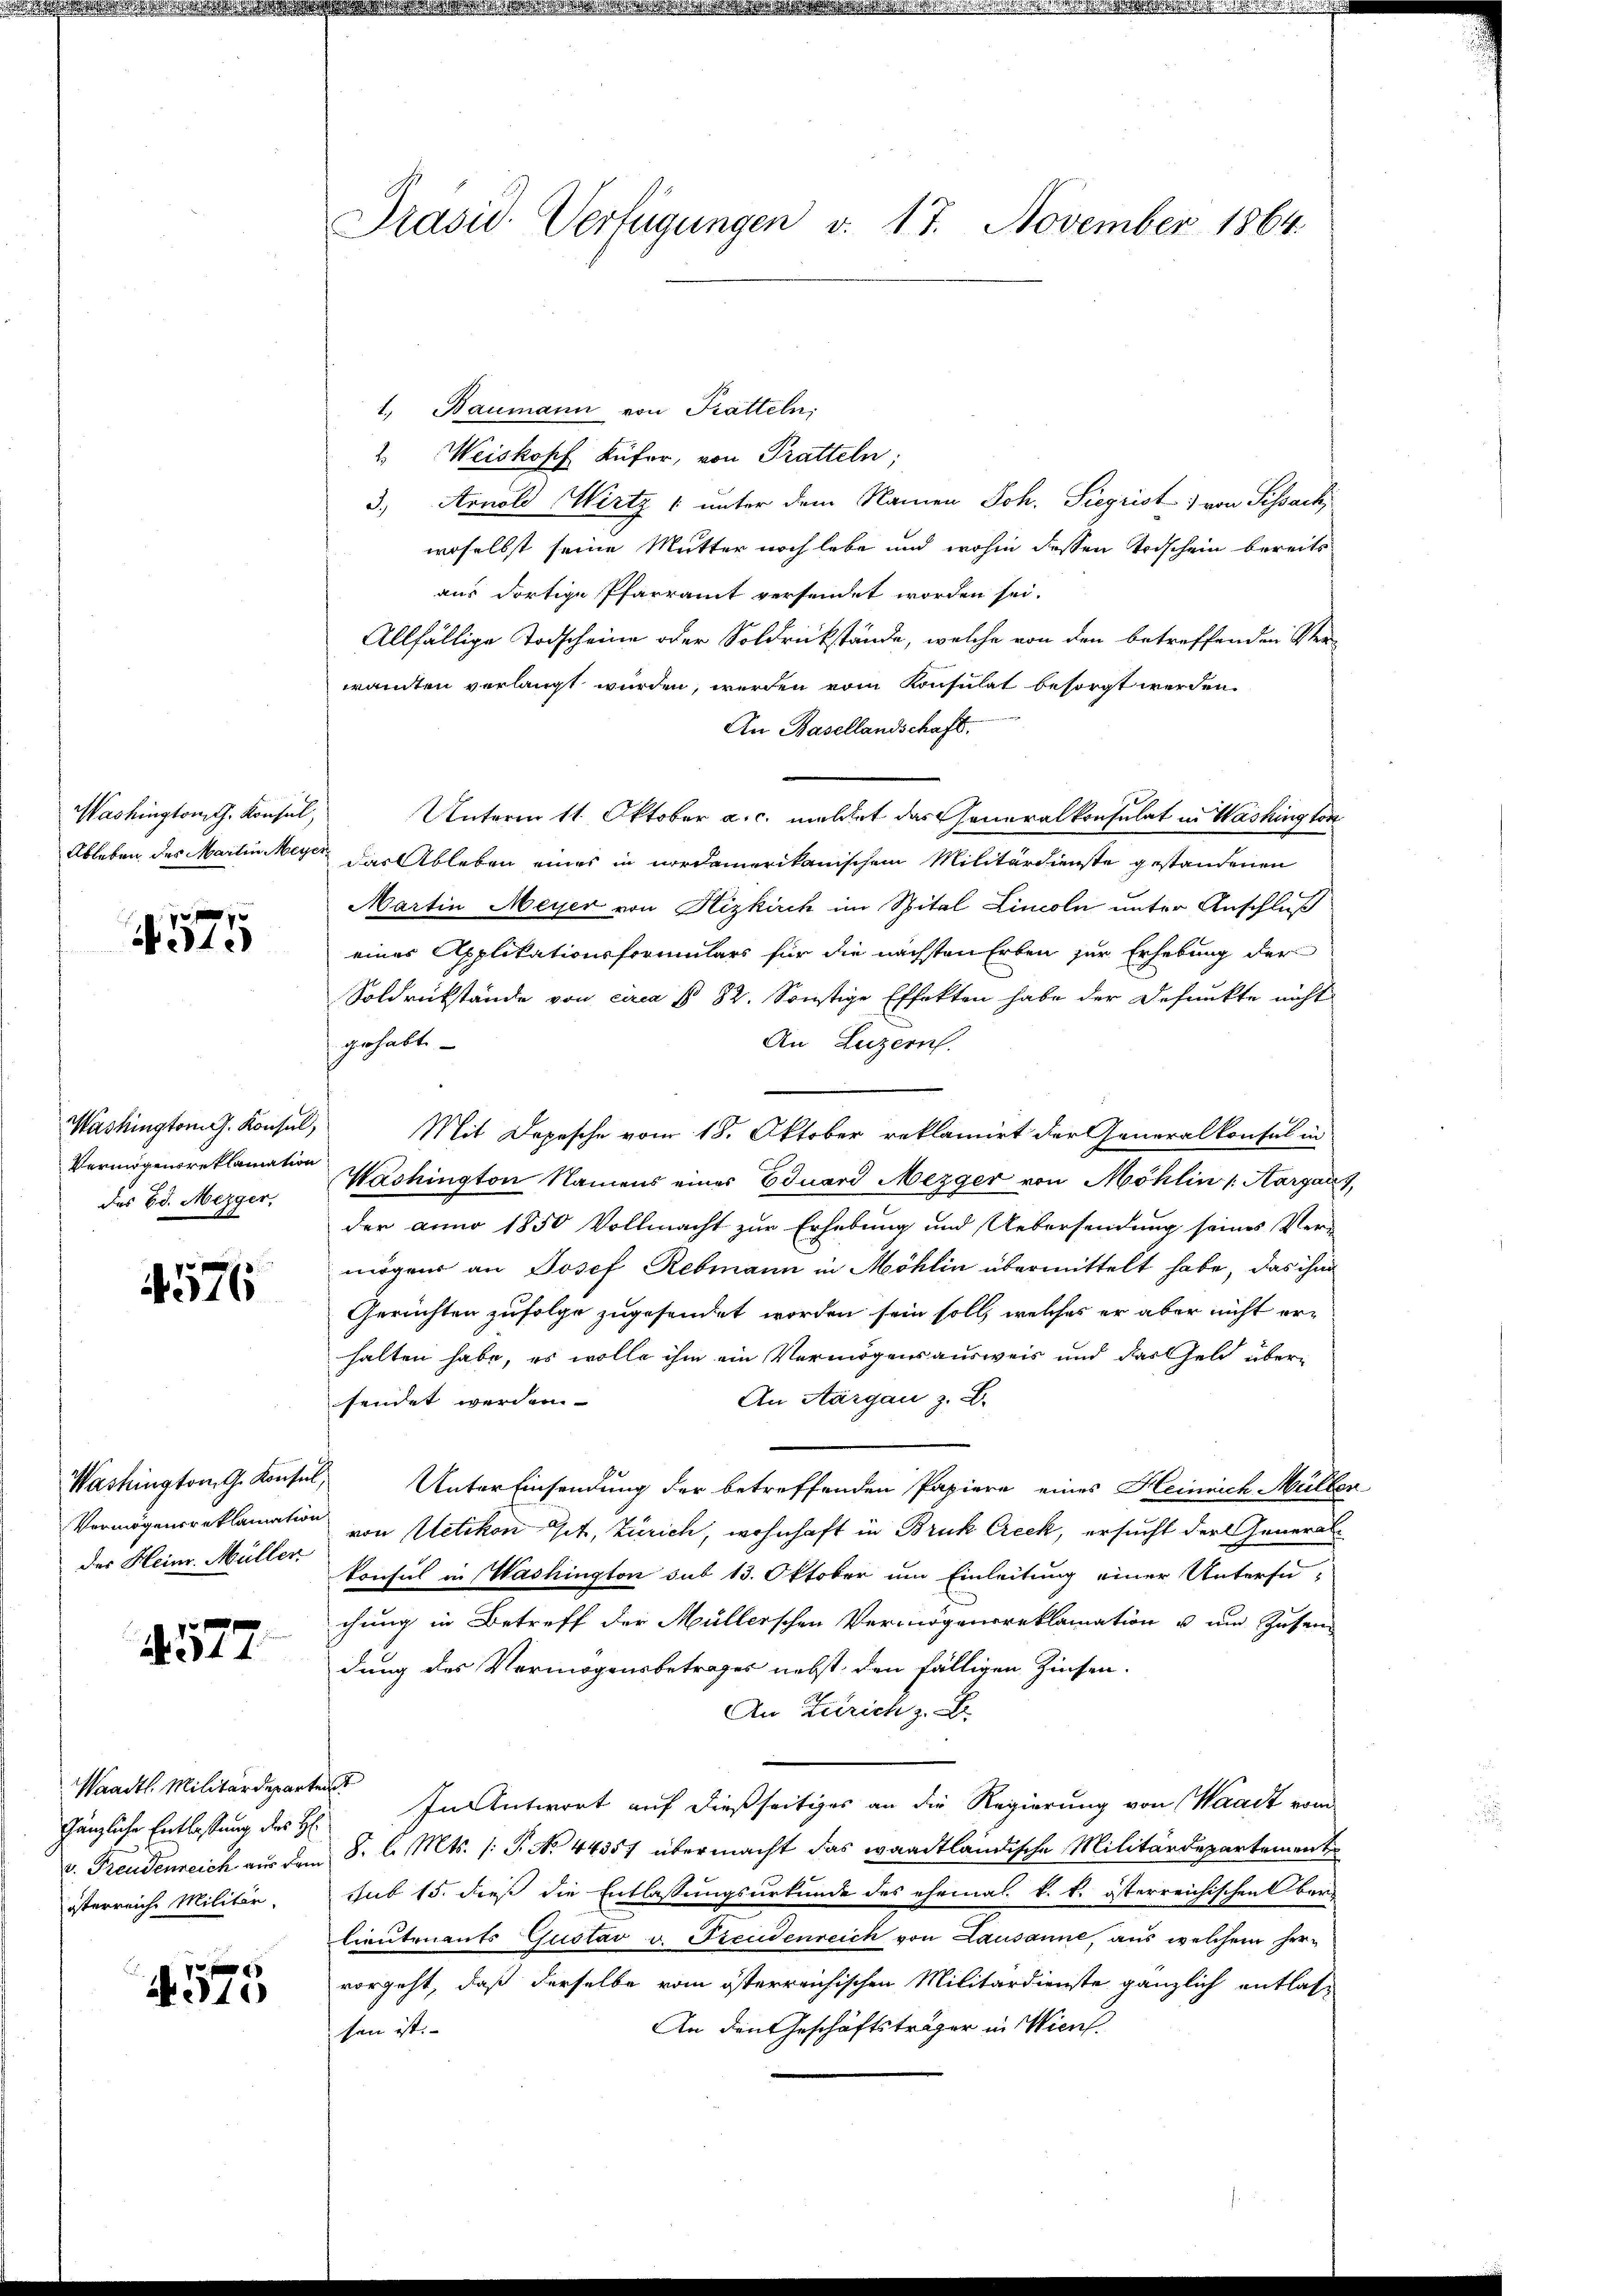
Washingtonsch. Konsul,

N 51.

Washington G. Konsul,
Vermögensreklamation
des Ed. Mezger,

4576

der Heinr. Müller

577

Waadt. Militärdepartent
Gänzliche Entlassung des H:
österreiche Militär.

10

Präsid Verfügungen v. 17. November 1864.

1. Baumann von Kratteln,
8
Weiskopf Küfer, von Pratteln;
3., Arnold Wirtz 1 unter dem Namen Joh. Siegrist von Sissach,
woselbst seine Mutter noch lebe und wohin dessen Todschein bereits
aus dortige Pfarramt versendet worden sei.
Allfällige Todscheine oder Soldrückstände, welche von den betreffenden Ver-
wanten verlangt wurden, werden vom Konsulat besorgt werden.
An Hasellandschaft.
Unterm 11. Oktober a. c. meldet das Generalkonsulat in Washington
Ableben des Martin Meyer das Ableben eines in nordamerikanischem Militärdienste gestandenen
Martin Meyer von Hizkirch im Spital Linoln unter Anschluß
eines Applikationsformulars für die nächsten Erben zur Erhebung der
Soldrückstände von circa § 82. Sonstige Effekten habe der Defunkte nicht
An Luzern.
gehabt. —
Mit Depesche vom 18. Oktober reklamirt der Generalkonsul in
Washington Namens eines Eduard Mezger von Möhlin (Aargau,
der anno 1850 Vollmacht zur Erhebung und Uebersendung seines Ver-
mögend an Josef Rebmann in Möhlin übermittelt habe, das ihm
Gerichten zufolge zugesendet worden sein soll, welches er aber nicht erhalten habe, es wolle ihm ein Vermögensausweis und das Geld über¬
An Aargau z. B.
sendet werden.
Washington G. Konsul, Unter Einsendung der betreffenden Papiere eines Heinrich Müller
Vermögensreklamation von Uetikon Get, Zürich, wohnhaft in Bruck Ercek, ersucht der Generalkonsul in Washington sub 13. Oktober um Einleitung einer Untersu-
chung in Betreff der Müllerschen Vermögensreklamation u und Zusamdung des Vermögensbetrages nebst den fälligen Zinsen-
An Zürich z. B.
In Antwort auf dießseitiges an die Regierung von Waadt vom
v. Freudenreich aus dem S. l. Mts. (: P. No. 44357 übermacht das waadtländische Militärdepartement
sub 15. dieß die Entlassungsurkunde des ehemal. k. k. österreichischen Oberlieutenants Gustav v. Freudenreich von Lausanne, aus welchem her-
vorgeht, daß derselbe vom österreichischen Militärdienste gänzlich entlas-
An den Geschäftsträger in Wien.
sen ist.